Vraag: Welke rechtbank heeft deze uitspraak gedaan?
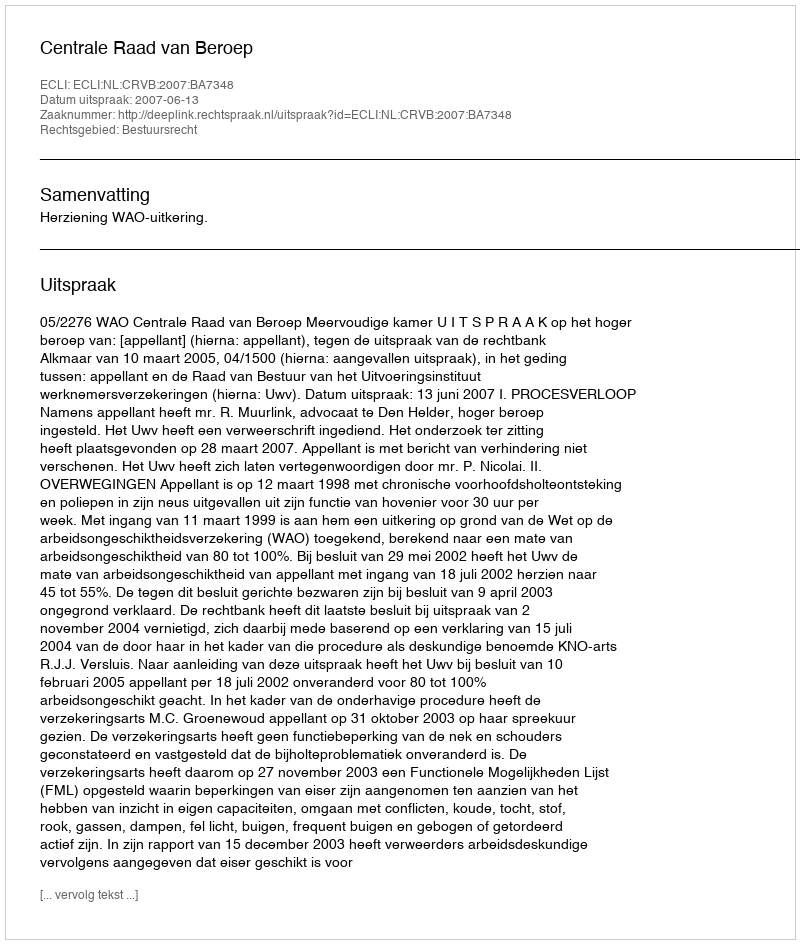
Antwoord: Centrale Raad van Beroep